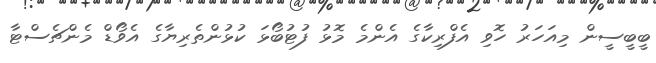
ބީބީސީން މިއަހަރު ހޮވި އެފްރިކާގެ އެންމެ މޮޅު ފުޓުބޯޅަ ކުޅުންތެރިޔާގެ އެވޯޑް މެންޗެސްޓާ